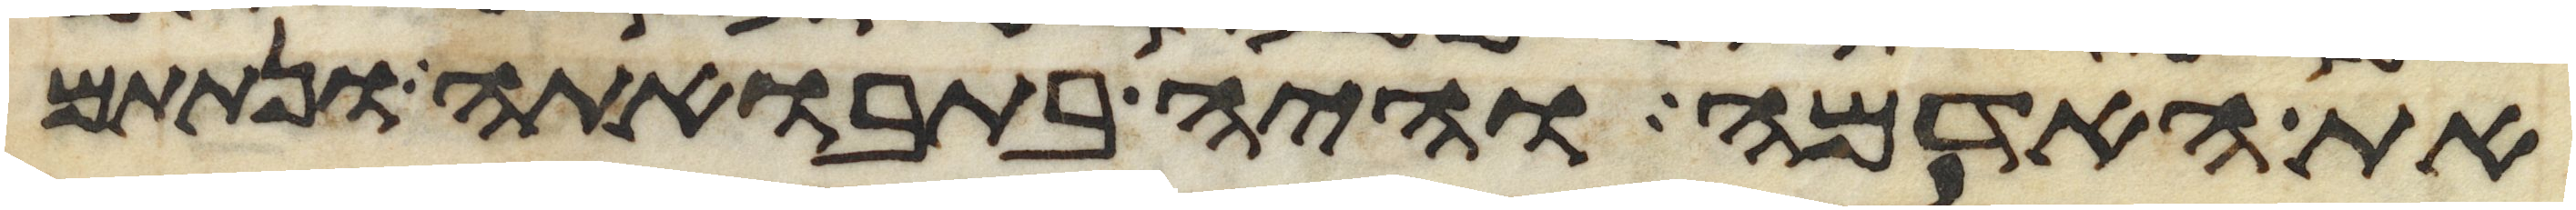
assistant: את האדמה והיה בתבואתה ונתתם